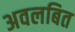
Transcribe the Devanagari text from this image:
अवलबित